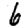
Digit: 6